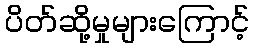
ပိတ်ဆို့မှုများကြောင့်